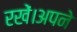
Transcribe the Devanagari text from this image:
रखें।अपने